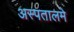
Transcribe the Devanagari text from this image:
अस्पतालमे